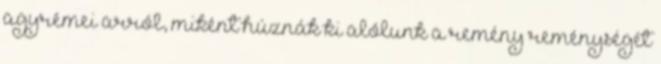
agyrémei arról, miként húznák ki alólunk a remény reménységét